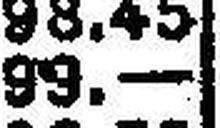
99.—